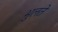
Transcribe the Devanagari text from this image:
भुलते